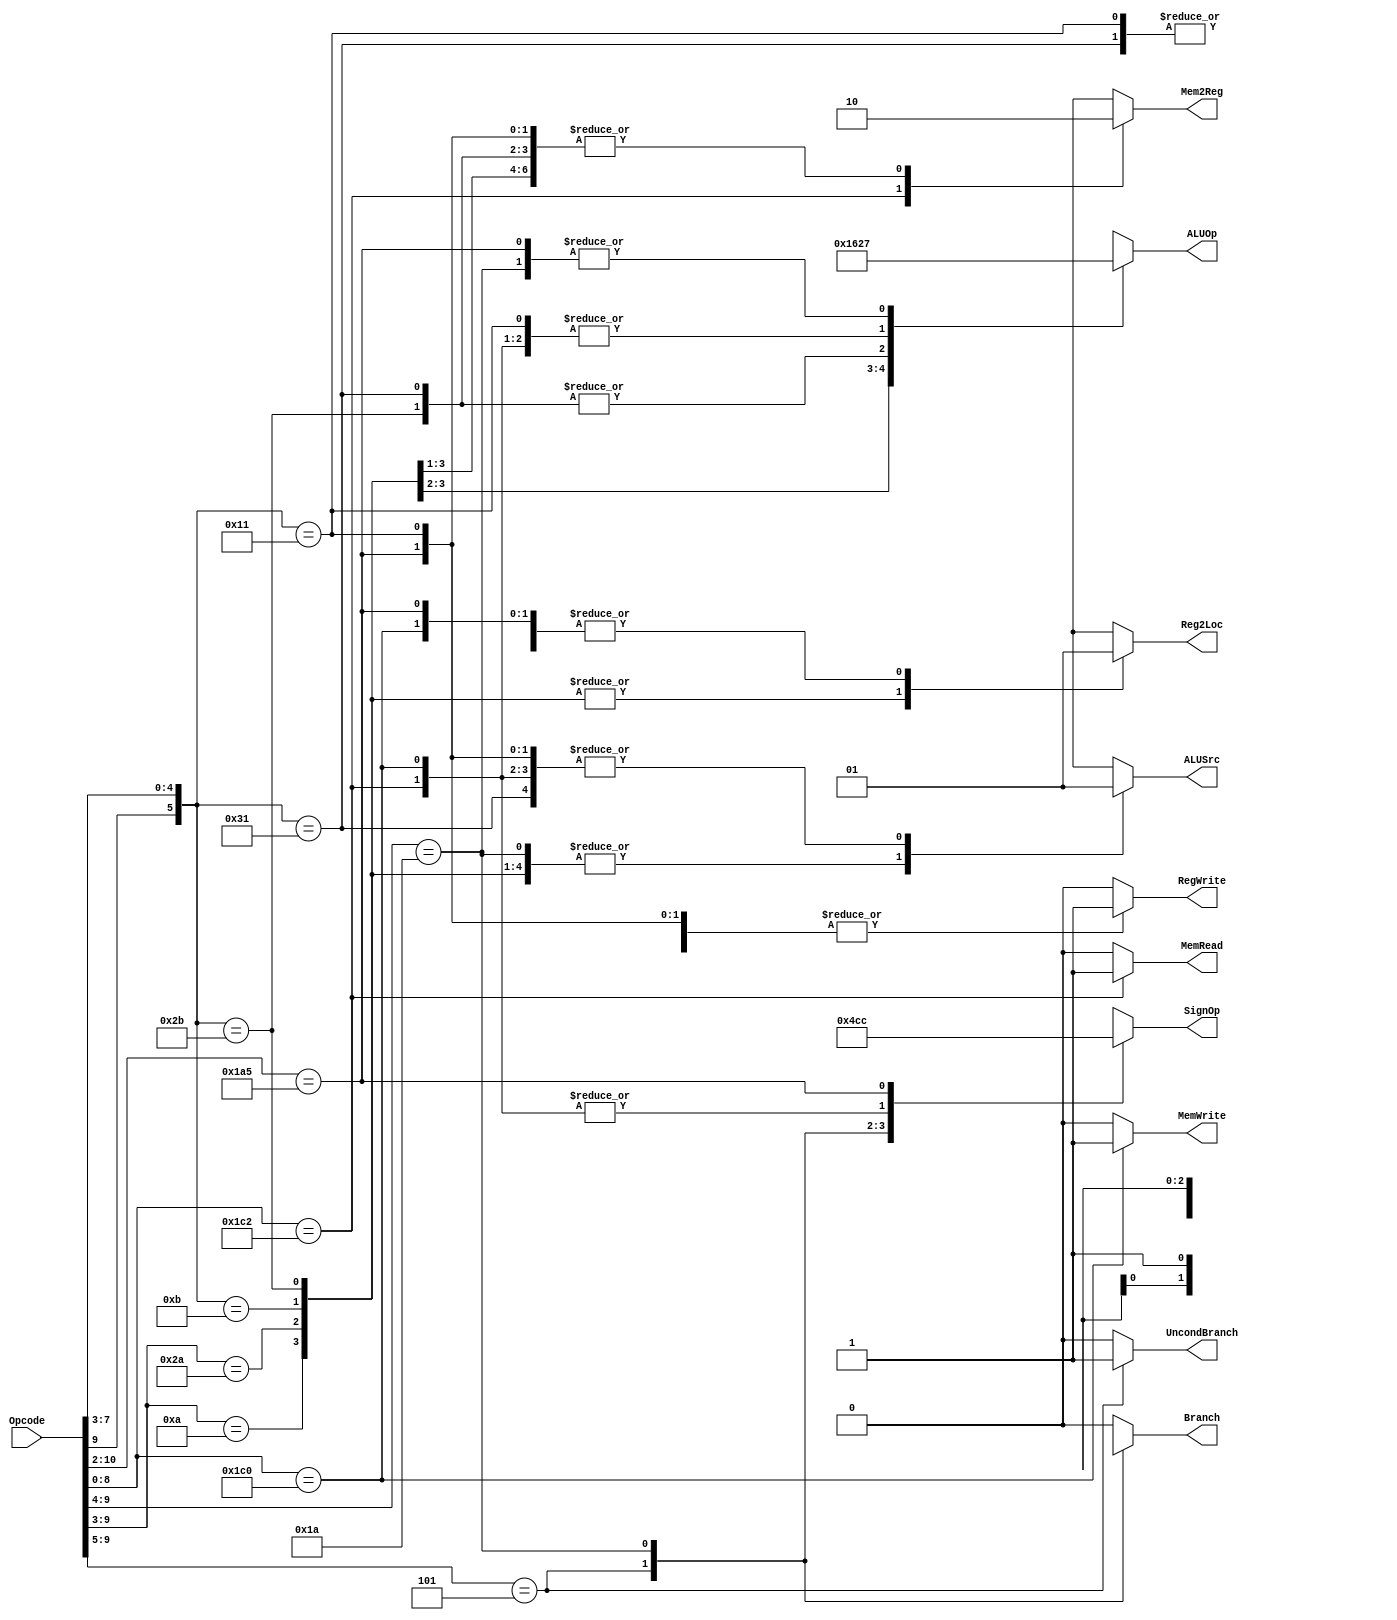
`define OPCODE_ANDREG 11'b?0001010???
`define OPCODE_ORRREG 11'b?0101010???
`define OPCODE_ADDREG 11'b?0?01011???
`define OPCODE_SUBREG 11'b?1?01011???

`define OPCODE_ADDIMM 11'b?0?10001???
`define OPCODE_SUBIMM 11'b?1?10001???

`define OPCODE_MOVZ   11'b110100101??

`define OPCODE_B      11'b?00101?????
`define OPCODE_CBZ    11'b?011010????

`define OPCODE_LDUR   11'b??111000010
`define OPCODE_STUR   11'b??111000000

module control( // Control wires
    output reg Reg2Loc,
    output reg ALUSrc,
    output reg Mem2Reg,
    output reg RegWrite,
    output reg MemRead,
    output reg MemWrite,
    output reg Branch,
    output reg UncondBranch,
    output reg [3:0] ALUOp,
    output reg [2:0] SignOp,
    input [10:0] Opcode
);

always @(*)
begin
    casez (Opcode)
        /* Add cases here for each instruction your processor supports */
        `OPCODE_ANDREG:
        begin
            Reg2Loc       <= 1'b0;
            UncondBranch <= 1'b0;
            Branch        <= 1'b0;
            MemRead       <= 1'b0;
            Mem2Reg       <= 1'b0;
            MemWrite      <= 1'b0;
            ALUSrc        <= 1'b0;
            RegWrite      <= 1'b1;
            ALUOp         <= 4'b0000;
            SignOp        <= 3'bxxx;
        end

        `OPCODE_ORRREG:
        begin
            Reg2Loc       <= 1'b0;
            UncondBranch <= 1'b0;
            Branch        <= 1'b0;
            MemRead       <= 1'b0;
            Mem2Reg       <= 1'b0;
            MemWrite      <= 1'b0;
            ALUSrc        <= 1'b0;
            RegWrite      <= 1'b1;
            ALUOp         <= 4'b0001;
            SignOp        <= 3'bxxx;
        end

        `OPCODE_ADDREG:
        begin
            Reg2Loc       <= 1'b0;
            UncondBranch <= 1'b0;
            Branch        <= 1'b0;
            MemRead       <= 1'b0;
            Mem2Reg       <= 1'b0;
            MemWrite      <= 1'b0;
            ALUSrc        <= 1'b0;
            RegWrite      <= 1'b1;
            ALUOp         <= 4'b0010;
            SignOp        <= 3'bxxx;
        end

        `OPCODE_SUBREG:
        begin
            Reg2Loc       <= 1'b0;
            UncondBranch <= 1'b0;
            Branch        <= 1'b0;
            MemRead       <= 1'b0;
            Mem2Reg       <= 1'b0;
            MemWrite      <= 1'b0;
            ALUSrc        <= 1'b0;
            RegWrite      <= 1'b1;
            ALUOp         <= 4'b0110;
            SignOp        <= 3'bxxx;
        end

        `OPCODE_ADDIMM:
        begin
            Reg2Loc       <= 1'bx;
            UncondBranch <= 1'b0;
            Branch        <= 1'b0;
            MemRead       <= 1'b0;
            Mem2Reg       <= 1'b0;
            MemWrite      <= 1'b0;
            ALUSrc        <= 1'b1;
            RegWrite      <= 1'b1;
            ALUOp         <= 4'b0010;
            SignOp        <= 3'b000;
        end

        `OPCODE_SUBIMM:
        begin
            Reg2Loc       <= 1'bx;
            UncondBranch <= 1'b0;
            Branch        <= 1'b0;
            MemRead       <= 1'b0;
            Mem2Reg       <= 1'b0;
            MemWrite      <= 1'b0;
            ALUSrc        <= 1'b1;
            RegWrite      <= 1'b1;
            ALUOp         <= 4'b0110;
            SignOp        <= 3'b000;
        end

        `OPCODE_B:
        begin
            Reg2Loc       <= 1'bx;
            UncondBranch <= 1'b1;
            Branch        <= 1'bx;
            MemRead       <= 1'b0;
            Mem2Reg       <= 1'bx;
            MemWrite      <= 1'b0;
            ALUSrc        <= 1'bx;
            RegWrite      <= 1'b0;
            ALUOp         <= 4'bxxxx;
            SignOp        <= 3'b010;
        end

        `OPCODE_CBZ:
        begin
            Reg2Loc       <= 1'b1;
            UncondBranch <= 1'b0;
            Branch        <= 1'b1;
            MemRead       <= 1'b0;
            Mem2Reg       <= 1'bx;
            MemWrite      <= 1'b0;
            ALUSrc        <= 1'b0;
            RegWrite      <= 1'b0;
            ALUOp         <= 4'b0111;
            SignOp        <= 3'b011;
        end

        `OPCODE_LDUR:
        begin
            Reg2Loc       <= 1'bx;
            UncondBranch <= 1'b0;
            Branch        <= 1'b0;
            MemRead       <= 1'b1;
            Mem2Reg       <= 1'b1;
            MemWrite      <= 1'b0;
            ALUSrc        <= 1'b1;
            RegWrite      <= 1'b1;
            ALUOp         <= 4'b0010;
            SignOp        <= 3'b001;
        end

        `OPCODE_STUR:
        begin
            Reg2Loc       <= 1'b1;
            UncondBranch <= 1'b0;
            Branch        <= 1'b0;
            MemRead       <= 1'b0;
            Mem2Reg       <= 1'bX;
            MemWrite      <= 1'b1;
            ALUSrc        <= 1'b1;
            RegWrite      <= 1'b0;
            ALUOp         <= 4'b0010;
            SignOp        <= 3'b001;
        end
        
        `OPCODE_MOVZ:   
        begin 
            Reg2Loc       <= 1'b1;
            UncondBranch <= 1'b0;
            Branch        <= 1'b0;
            MemRead       <= 1'b0;
            Mem2Reg       <= 1'b0;
            MemWrite      <= 1'b0;
            ALUSrc        <= 1'b1;
            RegWrite      <= 1'b1;
            ALUOp         <= 4'b0111;
            SignOp        <= 3'b100;
        end
        
        default:
        begin
            Reg2Loc       <= 1'bx;
            ALUSrc        <= 1'bx;
            Mem2Reg       <= 1'bx;
            RegWrite      <= 1'b0;
            MemRead       <= 1'b0;
            MemWrite      <= 1'b0;
            Branch        <= 1'b0;
            UncondBranch <= 1'b0;
            ALUOp         <= 4'bxxxx;
            SignOp        <= 3'bxxx;
        end
    endcase
end

endmodule